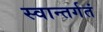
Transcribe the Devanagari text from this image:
स्वान्तर्गतं